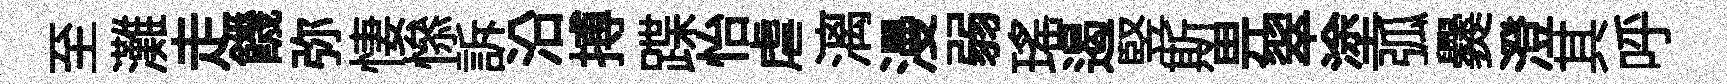
至灘走饑弥悽𢡖訴沿搏蹀怡虐漓漫弱瑤遏竪斯畀翠塗弧爨澄其呼